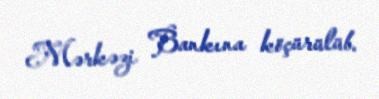
Mərkəzi Bankına köçürülüb.